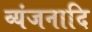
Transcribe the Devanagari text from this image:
व्यंजनादि